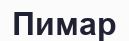
Пимар